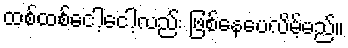
ထစ်ထစ်ငေါ့ငေါ့လည်း ဖြစ်နေပေလိမ့်မည်။